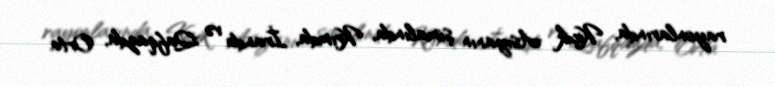
rayonlarında, Kiçik Asiyanın şimalında, Krımda, İranda və Qafqazda, Orta